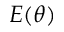
E ( \theta )